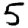
Digit: 5